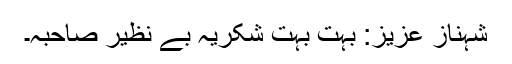
شہناز عزیز: بہت بہت شکریہ بے نظیر صاحبہ۔